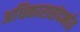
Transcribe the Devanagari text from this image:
अधिकारासंदर्भात